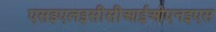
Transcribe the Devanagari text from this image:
एसइएलइसीसीआईओएनइएस